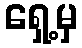
ရှေ့မှ